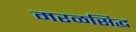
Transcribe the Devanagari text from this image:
मरळसिद्ध